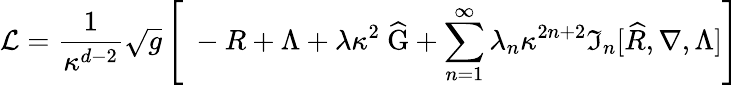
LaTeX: {\cal L}=\frac{1}{\kappa^{d-2}}\sqrt{g}\left[\ -R+\Lambda+\lambda\kappa^{2}~\widehat{\mathrm{G}}+\sum_{n=1}^{\infty}\lambda_{n}\kappa^{2n+2}\Im_{n}[\widehat{R},\nabla,\Lambda]\right]